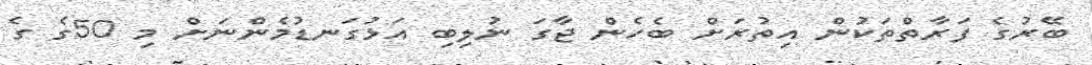
ބޭރުގެ ފަރާތްތަކުން އިތުރަށް ބެހެން ޖާގަ ނުލިބި އަޅުގަނޑުމެންނަށް މި 50ގެ ގެ